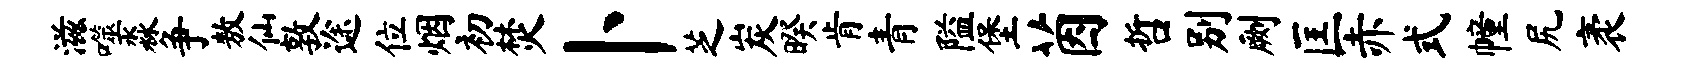
滋噬淼争敖仙敦途位烟初焚卜芝炭暌肯青隘堡茵哲别劂匡赤式幢尻袤